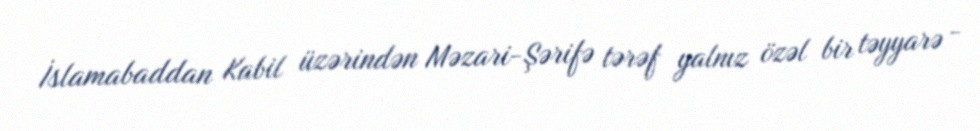
İslamabaddan Kabil üzərindən Məzari-Şərifə tərəf yalnız özəl bir təyyarə -